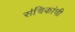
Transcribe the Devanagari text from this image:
संचिकांची